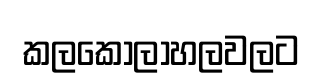
කලකෝලාහලවලට